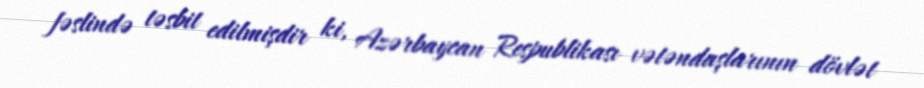
fəslində təsbit edilmişdir ki, Azərbaycan Respublikası vətəndaşlarının dövlət